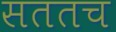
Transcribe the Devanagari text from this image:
सततच